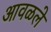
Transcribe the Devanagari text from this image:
आवळले